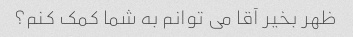
ظهر بخیر آقا می توانم به شما کمک کنم؟